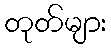
တုတ်များ